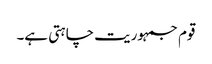
قوم جمہوریت چاہتی ہے۔